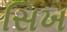
સિખ